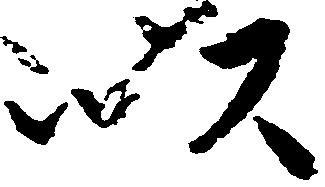
以